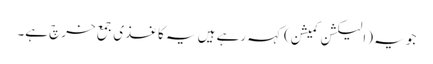
جو یہ (الیکشن کمیشن) کہہ رہے ہیں یہ کاغذی جمع خرچ ہے۔